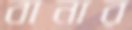
বানার